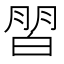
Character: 𰤜